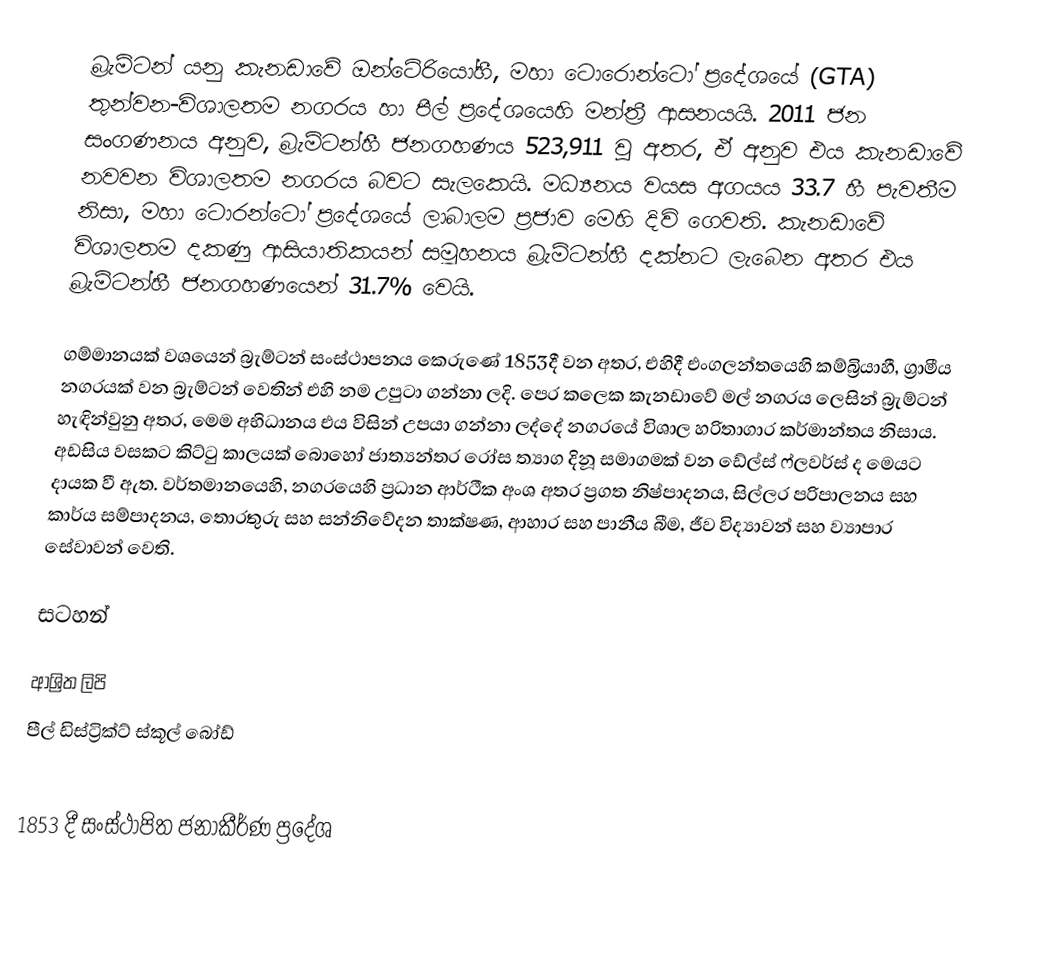
බ්‍රැම්ටන් යනු කැනඩාවේ  ඔන්ටේරියෝහී,  මහා ටොරොන්ටෝ ප්‍රදේශයේ  (GTA)  තුන්වන-විශාලතම නගරය හා පීල් ප්‍රදේශයෙහි මන්ත්‍රී ආසනයයි. 2011 ජන සංගණනය අනුව, බ්‍රැම්ටන්හී ජනගහණය  523,911 වූ අතර, ඒ අනුව එය කැනඩාවේ  නවවන විශාලතම නගරය බවට සැලකෙයි.  මධ්‍යනය වයස අගයය 33.7 හී පැවතීම නිසා, මහා ටොරන්ටෝ ප්‍රදේශයේ ලාබාලම ප්‍රජාව මෙහි දිවි ගෙවති. කැනඩාවේ විශාලතම දකණු ආසියාතිකයන් සමූහනය බ්‍රැම්ටන්හී දක්නට ලැබෙන අතර එය බ්‍රැම්ටන්හී ජනගහණයෙන් 31.7% වෙයි.

ගම්මානයක් වශයෙන් බ්‍රැම්ටන් සංස්ථාපනය කෙරුණේ 1853දී වන අතර, එහිදී එංගලන්තයෙහි කම්බ්‍රියාහී,  ග්‍රාමීය නගරයක් වන  බ්‍රැම්ටන් වෙතින් එහි නම උපුටා ගන්නා ලදි. පෙර කලෙක  කැනඩාවේ මල් නගරය ලෙසින් බ්‍රැම්ටන් හැඳින්වුනු අතර,  මෙම අභිධානය එය විසින් උපයා ගන්නා ලද්දේ නගරයේ විශාල හරිතාගාර කර්මාන්තය නිසාය. අඩසිය වසකට කිට්ටු කාලයක් බොහෝ ජාත්‍යන්තර රෝස ත්‍යාග දිනූ සමාගමක් වන  ඩේල්ස් ෆ්ලවර්ස් ද මෙයට දායක වී ඇත. වර්තමානයෙහි, නගරයෙහි ප්‍රධාන ආර්ථීක අංශ අතර ප්‍රගත නිෂ්පාදනය, සිල්ලර පරිපාලනය සහ  කාර්ය සම්පාදනය, තොරතුරු සහ සන්නිවේදන තාක්ෂණ, ආහාර සහ පානීය බීම, ජීව විද්‍යාවන් සහ ව්‍යාපාර සේවාවන් වෙති.

සටහන්

ආශ්‍රිත ලිපි
 පීල් ඩිස්ට්‍රික්ට් ස්කූල් බෝඩ්

1853 දී සංස්ථාපිත ජනාකීර්ණ ප්‍රදේශ